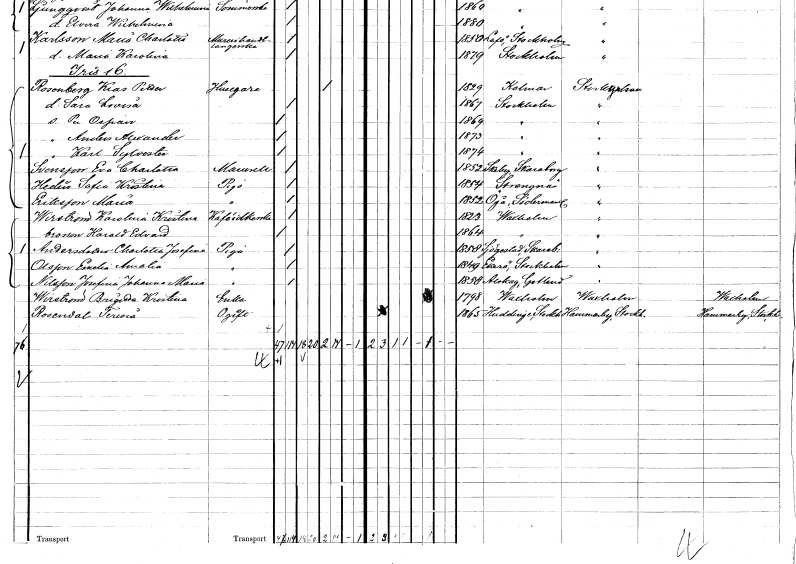
gt_parse: households: individuals: FN: Anders Alexander
KON: M
CIV: O
FODAR: 1873
FODFORS: Stockholm
FN: Karl Sylvester
KON: M
CIV: O
FODAR: 1874
FODFORS: Stockholm
FN: Eva Charlotta
EN: Svensson
KON: K
CIV: O
FODAR: 1852
FODFORS: Saleby Skaraborgs län
FN: Sofia Kristina
EN: Hedin
YRKE: Piga
KON: K
CIV: O
FODAR: 1854
FODFORS: Strängnäs Södermanlands län
FN: Maria
EN: Eriksson
YRKE: Piga
KON: K
CIV: O
FODAR: 1852
FODFORS: Öja Södermanlands län
FN: Karolina Kristina
EN: Wirström
YRKE: Kaféidkerska
KON: K
CIV: O
FODAR: 1823
FODFORS: Vaxholm Stockholms län
FN: Harald Edvard
KON: M
CIV: O
FODAR: 1864
FODFORS: Vaxholm Stockholms län
FN: Charlotta Josefina
EN: Andersdotter
YRKE: Piga
KON: K
CIV: O
FODAR: 1858
FODFORS: Sjogerstad Skaraborgs län
FN: Emelia Amalia
EN: Olsson
YRKE: Piga
KON: K
CIV: O
FODAR: 1849
FODFORS: Ekerö Stockholms län
FN: Josefina Johanna Maria
EN: Nilsson
YRKE: Piga
KON: K
CIV: O
FODAR: 1858
FODFORS: Alskog Gotlands län
FN: Brigitta Kristina
EN: Wirström
YRKE: Änka
KON: K
CIV: E
FODAR: 1798
FODFORS: Vaxholm Stockholms län
FN: Teresia
EN: Rosendal
KON: K
CIV: O
FODAR: 1865
FODFORS: Huddinge Stockholms län